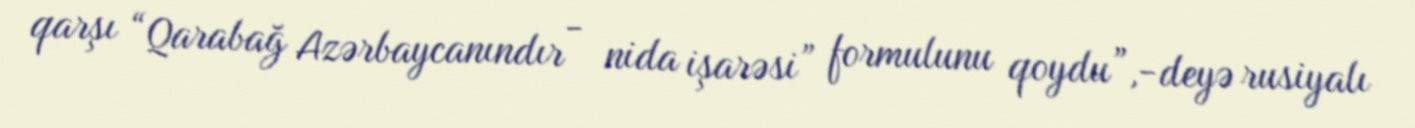
qarşı “Qarabağ Azərbaycanındır - nida işarəsi” formulunu qoydu”,-deyə rusiyalı